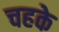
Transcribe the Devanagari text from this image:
चहके